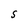
Character: S